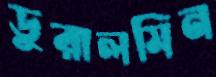
ডুরালমিন